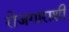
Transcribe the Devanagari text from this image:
रोजगाराशी